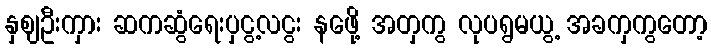
နှဈဦးကှား ဆကဆွံရေးပှငွ့လငွး နဖေို့ အတှကွ လုပရွမယွ့ အခကှကွတော့